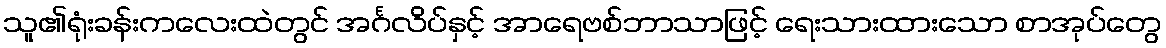
သူ၏ရုံးခန်းကလေးထဲတွင် အင်္ဂလိပ်နှင့် အာရေဗစ်ဘာသာဖြင့် ရေးသားထားသော စာအုပ်တွေ